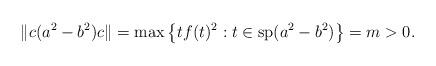
LaTeX: \begin{align*}\Vert c(a^2-b^2)c\Vert=\max\left\{tf(t)^2: t\in \mbox{sp}(a^2-b^2)\right\}=m>0.\end{align*}